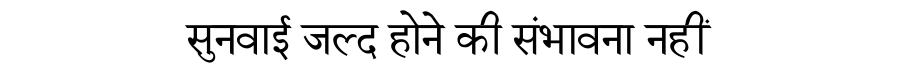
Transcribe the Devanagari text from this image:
सुनवाई जल्द होने की संभावना नहीं